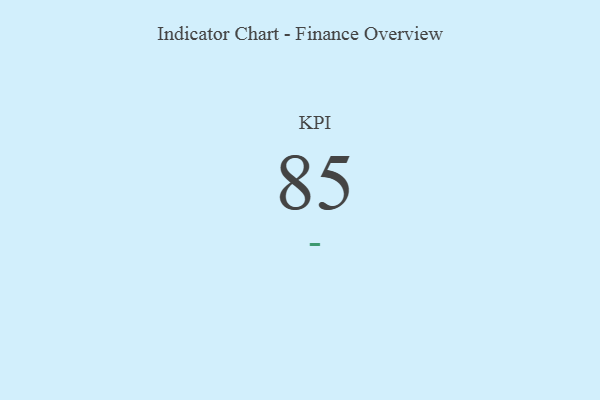
{"axis": {"x": "KPI", "y": "Value"}, "legend": [""], "data": [{"x": "KPI", "y": 85, "type": ""}]}